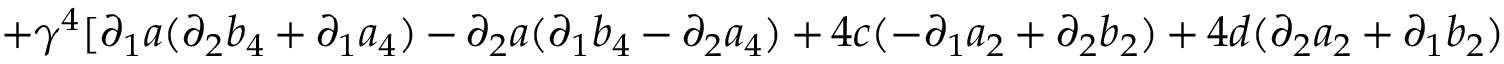
+ \gamma ^ { 4 } [ \partial _ { 1 } a ( \partial _ { 2 } b _ { 4 } + \partial _ { 1 } a _ { 4 } ) - \partial _ { 2 } a ( \partial _ { 1 } b _ { 4 } - \partial _ { 2 } a _ { 4 } ) + 4 c ( - \partial _ { 1 } a _ { 2 } + \partial _ { 2 } b _ { 2 } ) + 4 d ( \partial _ { 2 } a _ { 2 } + \partial _ { 1 } b _ { 2 } )